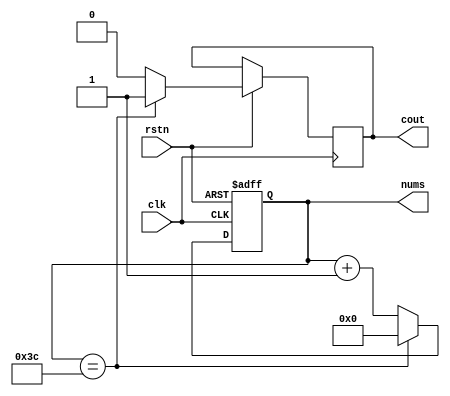
module counter_4b (
    input clk,
    input rstn,
    output reg [5:0] nums, 
    output reg cout
);

initial begin
    nums <= 6'b000000;
    cout <= 0;
end

always @(posedge clk or negedge rstn) begin
    if (!rstn) 
        begin
            nums <= 6'b000000;
        end
    else if(nums == 6'b111100)
        begin
            cout <= 1;
            nums <= 6'b000000;
        end
    else
        begin
            cout <= 0;
            nums <= nums + 1;
        end
end



endmodule //4b_counter